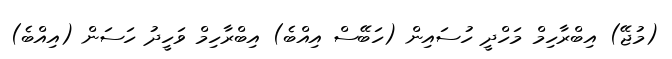
(މުޖޭ) އިބްރާހިމް މަހްދީ ހުސައިން (ހަބޭސް އިއްބެ) އިބްރާހިމް ވަހީދު ހަސަން (އިއްބެ)